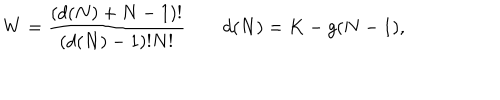
W = \frac { ( d ( N ) + N - 1 ) ! } { ( d ( N ) - 1 ) ! N ! } \qquad d ( N ) = K - g ( N - 1 ) ,